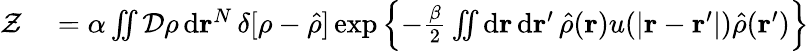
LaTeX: \begin{array}{rl}{\mathcal{Z}}&{{}=\alpha\iint\mathcal{D}\rho\, \mathrm{d}\mathbf{r}^{N}\, \delta[\rho-\hat{\rho}]\exp\left\{ -\frac{\beta}{2}\iint\mathrm{d}\mathbf{r}\, \mathrm{d}\mathbf{r}^{\prime}\, \hat{\rho}(\mathbf{r})u(\vert\mathbf{r}-\mathbf{r}^{\prime}\vert)\hat{\rho}(\mathbf{r}^{\prime})\right\} }\end{array}